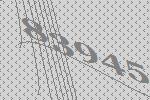
83945